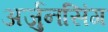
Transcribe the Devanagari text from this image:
अर्जुनसिंग